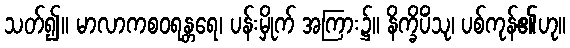
သတ်၍။ မာလာကစဝရန္တရေ၊ ပန်းမှိုက် အကြား၌။ နိက္ခိပိံသု၊ ပစ်ကုန်၏ဟု။